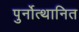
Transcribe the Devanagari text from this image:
पुर्नोत्थानित